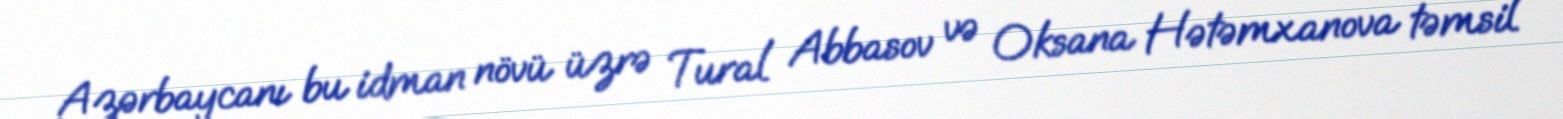
Azərbaycanı bu idman növü üzrə Tural Abbasov və Oksana Hətəmxanova təmsil